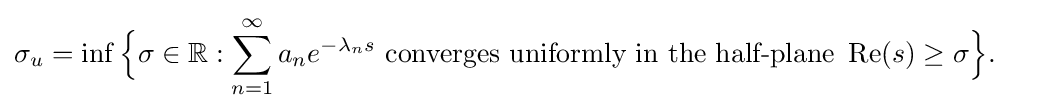
{\begin{aligned}\sigma _{u}=\inf {\Big \{}\sigma \in \mathbb {R} :\sum _{n=1}^{\infty }a_{n}e^{-\lambda _{n}s}&{\text{ converges uniformly in the half-plane }}\operatorname {Re} (s)\geq \sigma {\Big \}}.\end{aligned}}